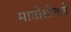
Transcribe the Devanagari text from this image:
मातोश्रीकडे